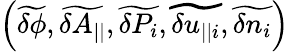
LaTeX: \left(\widetilde{\delta\phi},\widetilde{\delta A_{||}},\widetilde{\delta P_{i}},\widetilde{\delta u_{||i}},\widetilde{\delta n_{i}}\right)